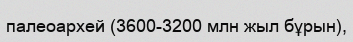
палеоархей (3600-3200 млн жыл бұрын),